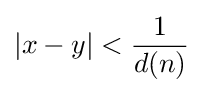
|x-y|<{1 \over d(n)}